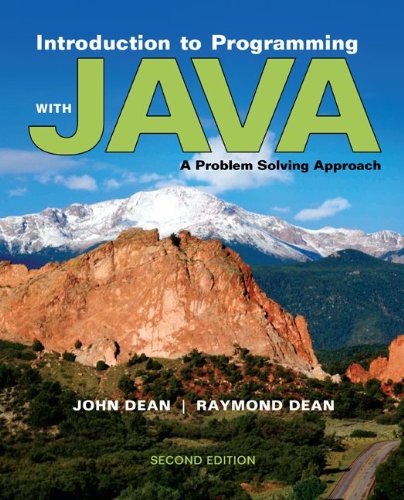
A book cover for Introduction to Programming with Java: A Problem Solving Approach; John Dean; Computers & Technology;